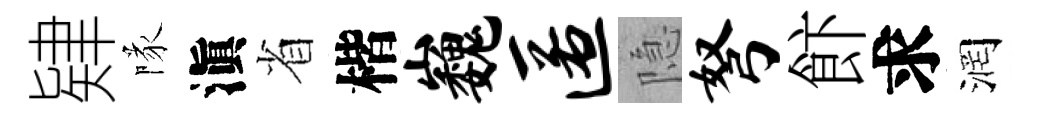
肄隊滇省楷巍匿隐弩飰求润